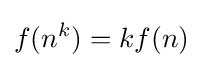
f(n^{k})=kf(n)